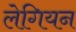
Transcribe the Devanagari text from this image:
लेगियन